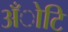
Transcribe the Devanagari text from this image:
अँोटि